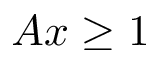
A x \ge 1